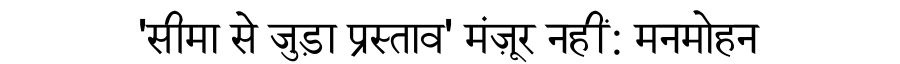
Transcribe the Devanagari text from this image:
'सीमा से जुड़ा प्रस्ताव' मंज़ूर नहीं: मनमोहन